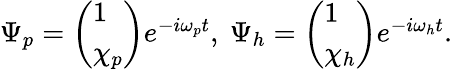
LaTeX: \begin{array}{r}{\Psi_{p}=\left(\begin{array}{l}{1}\\ {\chi_{p}}\end{array}\right)e^{-i\omega_{p}t},~\Psi_{h}=\left(\begin{array}{l}{1}\\ {\chi_{h}}\end{array}\right)e^{-i\omega_{h}t}.}\end{array}